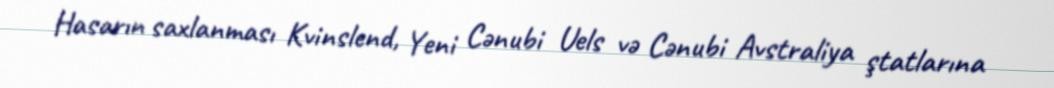
Hasarın saxlanması Kvinslend, Yeni Cənubi Uels və Cənubi Avstraliya ştatlarına